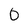
Character: o